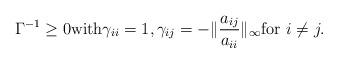
LaTeX: \begin{align*}\Gamma^{-1}\ge 0 {\rm with}\gamma_{ii}=1, \gamma_{ij}=-\|\frac{a_{ij}}{a_{ii}}\|_\infty{\rm for}\,\,i\not=j.\end{align*}